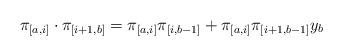
LaTeX: \begin{align*}\pi_{[a,i]}\cdot \pi_{[i+1,b]} &= \pi_{[a,i]} \pi_{[i,b-1]} + \pi_{[a,i]} \pi_{[i+1,b-1]} y_{b} \end{align*}